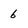
Character: 6